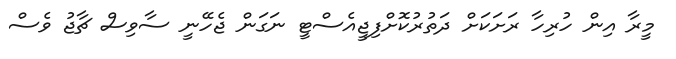
މީރާ އިން ހުރިހާ ރަށަކަށް ދަތުރުކޮށްފިޖީއެސްޓީ ނަގަން ޖެހޭނީ ސާވިސް ޗާޖު ވެސް